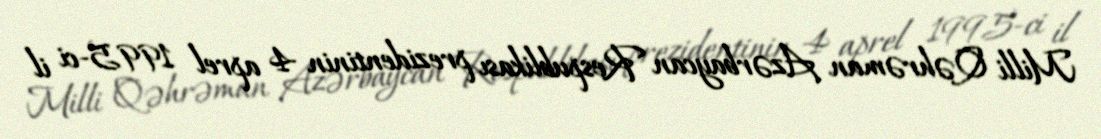
Milli Qəhrəman Azərbaycan Respublikası prezidentinin 4 aprel 1995-ci il